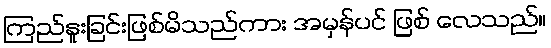
ကြည်နူးခြင်းဖြစ်မိသည်ကား အမှန်ပင် ဖြစ် လေသည်။